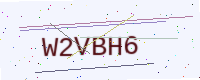
Text: W2VBH6